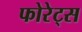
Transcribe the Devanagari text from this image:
फोरेट्स